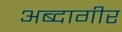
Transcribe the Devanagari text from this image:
अब्दागीर